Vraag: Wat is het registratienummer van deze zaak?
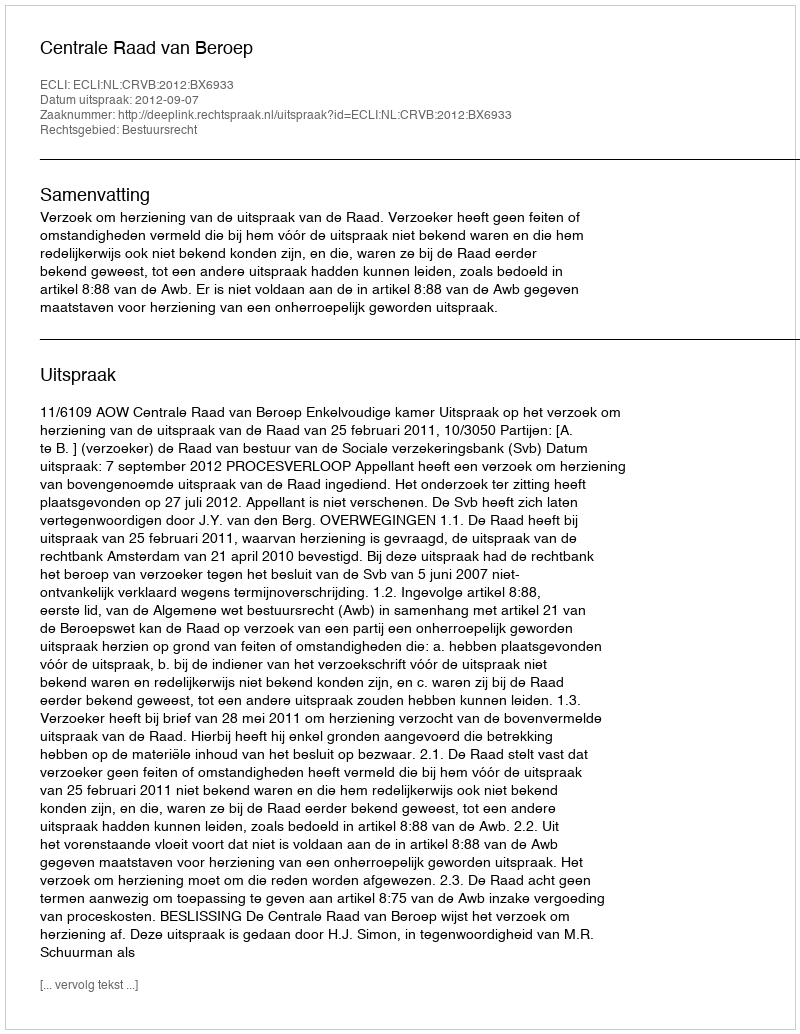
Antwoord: http://deeplink.rechtspraak.nl/uitspraak?id=ECLI:NL:CRVB:2012:BX6933